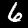
Label: 6